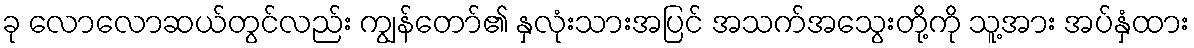
ခု လောလောဆယ်တွင်လည်း ကျွန်တော်၏ နှလုံးသားအပြင် အသက်အသွေးတို့ကို သူ့အား အပ်နှံထား